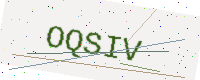
Text: OQSIV